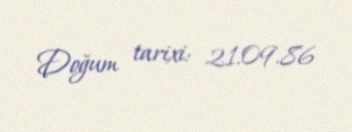
Doğum tarixi: 21.09.86